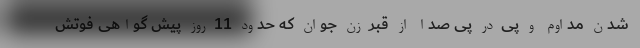
شدن مداوم و پی در پی صدا از قبر زن جوان که حدود 11 روز پیش گواهی فوتش